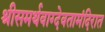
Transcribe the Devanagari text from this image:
श्रीसमर्थवाग्देवतामंदिरात